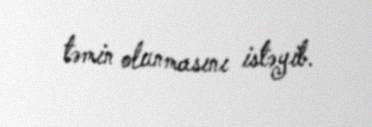
təmin olunmasını istəyib.